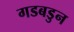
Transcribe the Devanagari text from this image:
गडबडुन